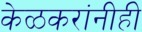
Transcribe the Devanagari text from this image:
केळकरांनीही